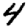
Digit: 4